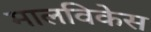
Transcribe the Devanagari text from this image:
मालविकेस